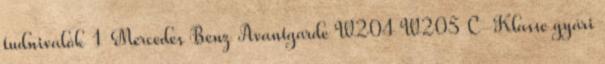
tudnivalók 1 Mercedes Benz Avantgarde W204 W205 C-Klasse gyári